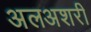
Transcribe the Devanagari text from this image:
अलअशरी